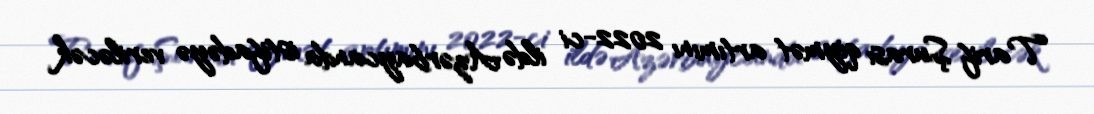
Tarif Şurası qiymət artımını 2022-ci ildə Azərbaycanda istifadəyə veriləcək